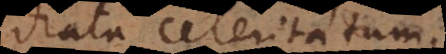
drata celeritatum